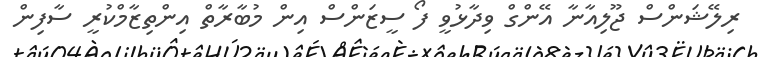
ރިލޭޝަންސް ޖޫލިއާނާ އޭންގް ވިދާޅުވީ ފޯ ސީޒަންސް އިން މުބާރާތް އިންތިޒާމްކުރީ ސާފިން